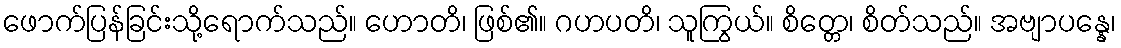
ဖောက်ပြန်ခြင်းသို့ရောက်သည်။ ဟောတိ၊ ဖြစ်၏။ ဂဟပတိ၊ သူကြွယ်။ စိတ္တေ၊ စိတ်သည်။ အဗျာပန္နေ၊